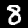
Label: 8